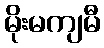
မိုးမကျမီ